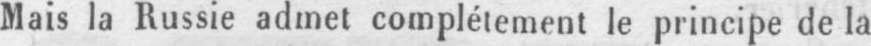
Mais la Russie admet complétement le principe de la